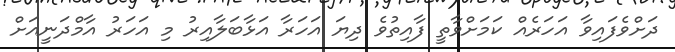
ދަށްވެފައިވާ އަހަރެއް ކަމަށްވާތީ ފާއިތުވެ ދިޔަ އަހަރާ އަޅާބަލާއިރު މި އަހަރު އާމްދަނީއަށް